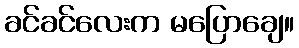
ခင်ခင်လေးက မပြောချေ။